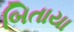
બિતાયા